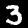
Digit: 3